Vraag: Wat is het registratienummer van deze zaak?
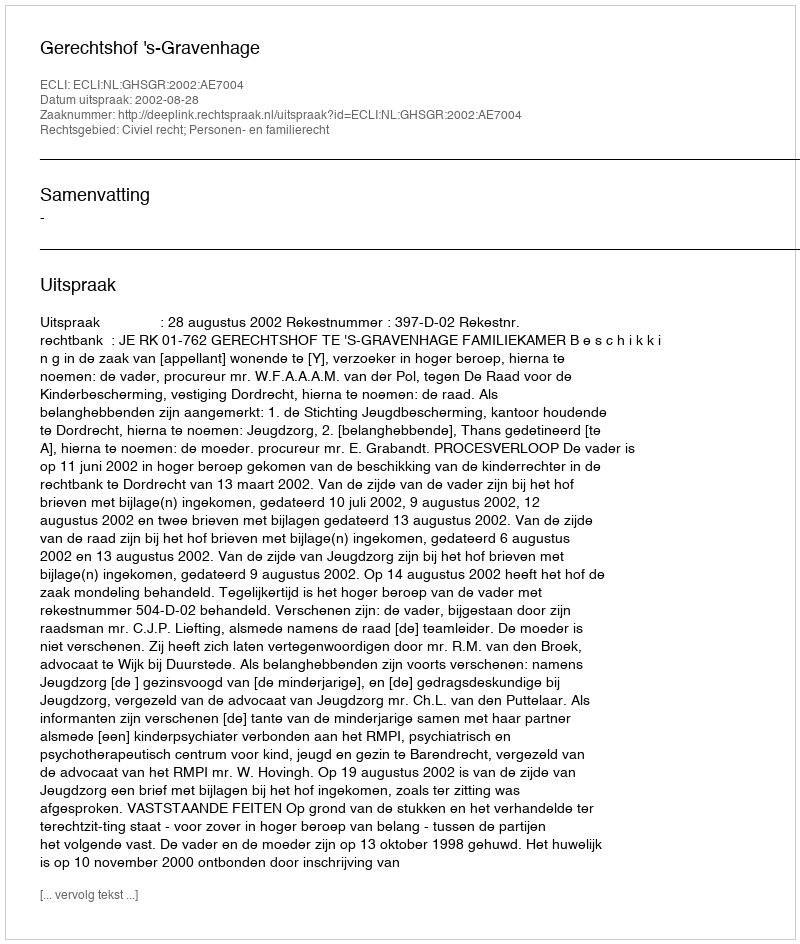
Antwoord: http://deeplink.rechtspraak.nl/uitspraak?id=ECLI:NL:GHSGR:2002:AE7004